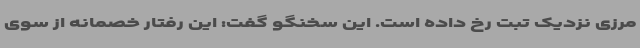
مرزی نزدیک تبت رخ داده است. این سخنگو گفت: ‌این رفتار خصمانه از سوی